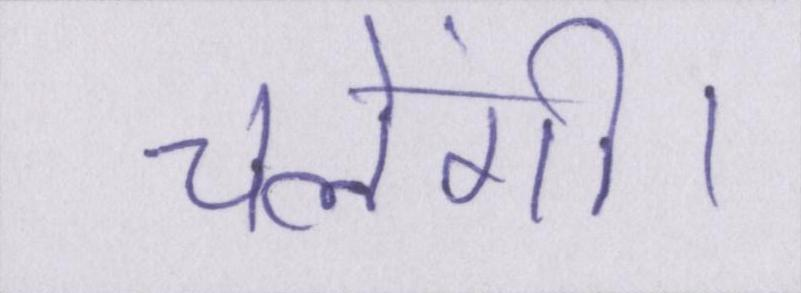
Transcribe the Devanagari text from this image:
चलेंगी।